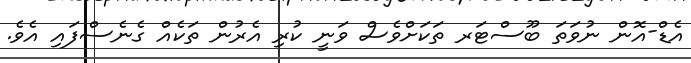
އެޑް-އޮން ނުވަތަ ބޫސްޓަރ ތަކަށްވެސް ވަނީ ކުރި އެރުން ތަކެއް ގެނެސްފައި އެވެ.